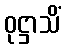
ဝုဋ္ဌာသိံ